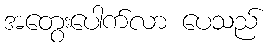
အတွေးပေါက်လာ ပေသည်